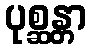
ပုစ္ဆန္တာ